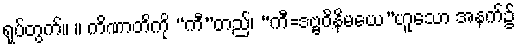
ရုပ်တွက်။ ။ ကိဏာတိကို “ကီ”တည်၊ “ကီ=ဒဗ္ဗဝိနိမယေ”ဟူသော အနက်၌